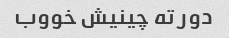
دور ته چینیش خووب